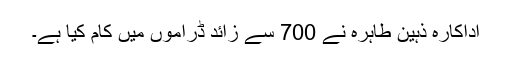
اداکارہ ذہین طاہرہ نے 700 سے زائد ڈراموں میں کام کیا ہے۔